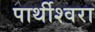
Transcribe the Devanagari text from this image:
पार्थीश्‍वरा